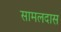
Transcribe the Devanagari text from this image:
सामलदास